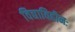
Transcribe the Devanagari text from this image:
विद्याविहीनः